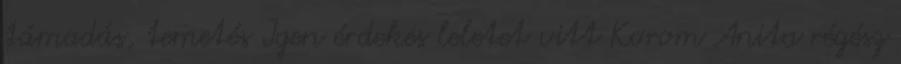
támadás, temetés Igen érdekes leletet vitt Korom Anita régész